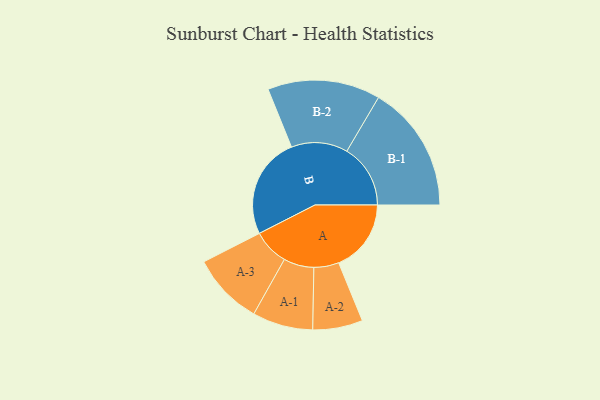
{"axis": {"x": "Segment", "y": "Value"}, "legend": ["", "A", "B"], "data": [{"x": "A", "y": 328, "type": ""}, {"x": "B", "y": 460, "type": ""}, {"x": "A-1", "y": 137, "type": "A"}, {"x": "A-2", "y": 113, "type": "A"}, {"x": "A-3", "y": 163, "type": "A"}, {"x": "B-1", "y": 288, "type": "B"}, {"x": "B-2", "y": 255, "type": "B"}]}